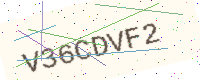
Text: V36CDVF2